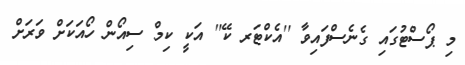
މި ޕޯސްޓުގައި ގެނެސްފައިވާ ''އެކްޓަރ ކޭ'' އަކީ ކިމް ސިއޯން ހޯއަކަށް ވަރަށް